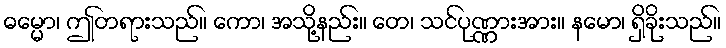
ဓမ္မော၊ ဤတရားသည်။ ကော၊ အသို့နည်း။ တေ၊ သင်ပုဏ္ဏားအား။ နမော၊ ရှိခိုးသည်။